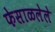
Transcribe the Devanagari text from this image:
फेसाळलेले